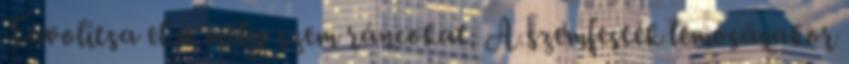
Távolítsa el a mély szem ráncokat. A szemfesték lemosásakor